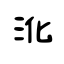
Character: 沎